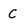
Character: C